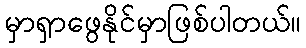
မှာရှာဖွေနိုင်မှာဖြစ်ပါတယ်။